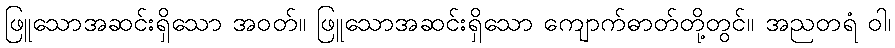
ဖြူသောအဆင်းရှိသော အဝတ်။ ဖြူသောအဆင်းရှိသော ကျောက်ဓာတ်တို့တွင်။ အညတရံ ဝါ၊